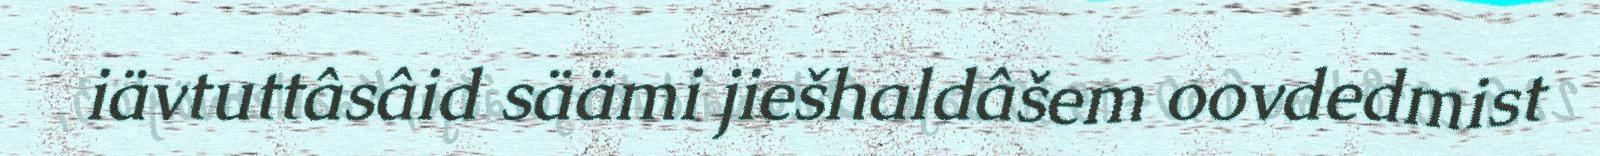
iävtuttâsâid säämi jiešhaldâšem oovdedmist